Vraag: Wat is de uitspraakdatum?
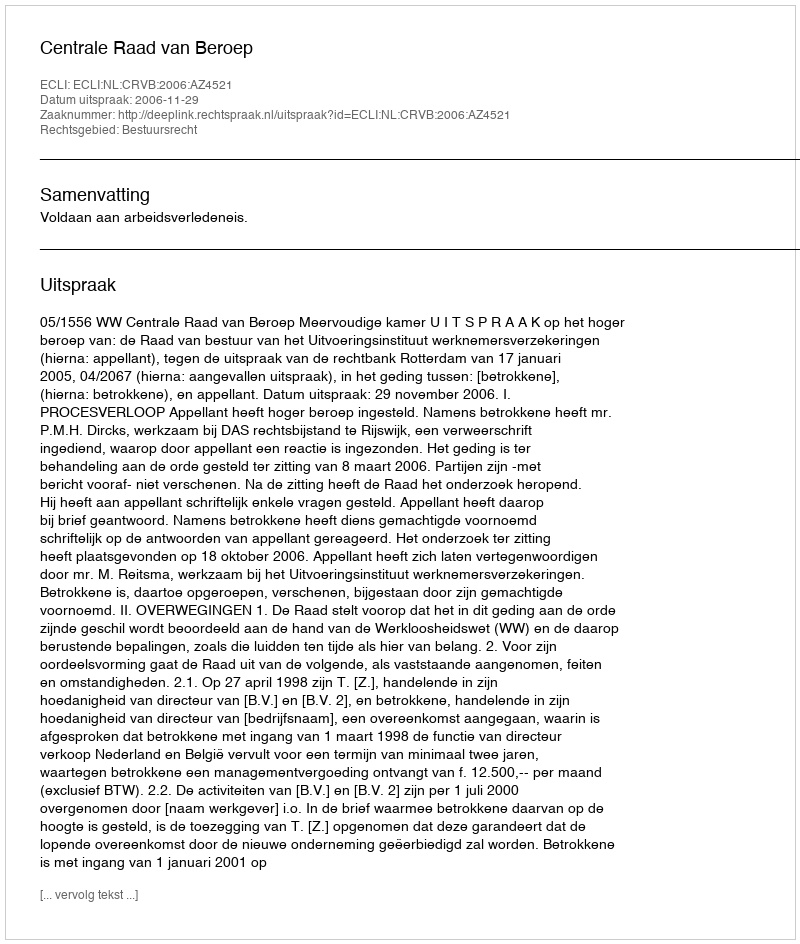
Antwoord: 2006-11-29